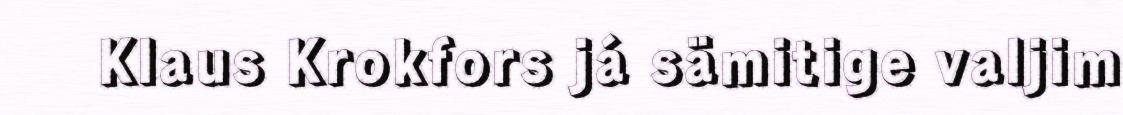
Klaus Krokfors já sämitige valjim